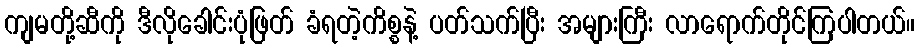
ကျမတို့ဆီကို ဒီလိုခေါင်းပုံဖြတ် ခံရတဲ့ကိစ္စနဲ့ ပတ်သက်ပြီး အများကြီး လာရောက်တိုင်ကြပါတယ်။